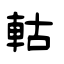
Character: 軲